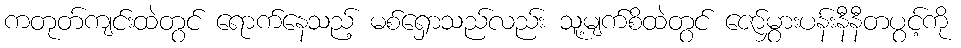
ကတုတ်ကျင်းထဲတွင် ရောက်နေသည့် မစ်ရှောသည်လည်း သူ့မျက်စိထဲတွင် ဇော်မွှားပန်းနီနီတပွင့်ကို